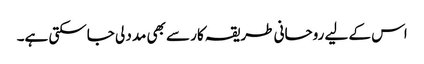
اس کے لیے روحانی طریقہ کار سے بھی مدد لی جاسکتی ہے۔